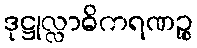
ဒုဋ္ဌုလ္လာဓိကရဏဉ္စ